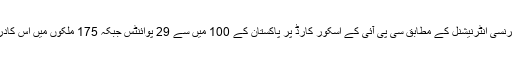
اس سال ٹرانسپرنسی انٹرنیشنل کے مطابق سی پی آئی کے اسکور کارڈ پر پاکستان کے 100 میں سے 29 پوائنٹس جبکہ 175 ملکوں میں اس کادرجہ 126 ہے۔